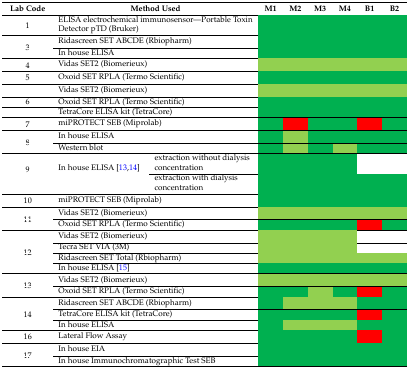
<table><thead><tr><td><b>Lab Code</b></td><td colspan="2"><b>Method Used</b></td><td><b>M1</b></td><td><b>M2</b></td><td><b>M3</b></td><td><b>M4</b></td><td><b>B1</b></td><td><b>B2</b></td></tr></thead><tbody><tr><td>1</td><td colspan="2">ELISA electrochemical immunosensor—Portable Toxin Detector pTD (Bruker)</td><td></td><td></td><td></td><td></td><td></td><td></td></tr><tr><td rowspan="2">3</td><td colspan="2">Ridascreen SET ABCDE (Rbiopharm)</td><td></td><td></td><td></td><td></td><td></td><td></td></tr><tr><td colspan="2">In house ELISA</td><td></td><td></td><td></td><td></td><td></td><td></td></tr><tr><td>4</td><td colspan="2">Vidas SET2 (Biomerieux)</td><td></td><td></td><td></td><td></td><td></td><td></td></tr><tr><td>5</td><td colspan="2">Oxoid SET RPLA (Termo Scientific)</td><td></td><td></td><td></td><td></td><td></td><td></td></tr><tr><td rowspan="3">6</td><td colspan="2">Vidas SET2 (Biomerieux)</td><td></td><td></td><td></td><td></td><td></td><td></td></tr><tr><td colspan="2">Oxoid SET RPLA (Termo Scientific)</td><td></td><td></td><td></td><td></td><td></td><td></td></tr><tr><td colspan="2">TetraCore ELISA kit (TetraCore)</td><td></td><td></td><td></td><td></td><td></td><td></td></tr><tr><td>7</td><td colspan="2">miPROTECT SEB (Miprolab)</td><td></td><td></td><td></td><td></td><td></td><td></td></tr><tr><td rowspan="2">8</td><td colspan="2">In house ELISA</td><td></td><td></td><td></td><td></td><td></td><td></td></tr><tr><td colspan="2">Western blot</td><td></td><td></td><td></td><td></td><td></td><td></td></tr><tr><td rowspan="2">9</td><td rowspan="2">In house ELISA [13,14]</td><td>extraction without dialysis concentration </td><td></td><td></td><td></td><td></td><td></td><td></td></tr><tr><td>extraction with dialysis concentration </td><td></td><td></td><td></td><td></td><td></td><td></td></tr><tr><td>10</td><td colspan="2">miPROTECT SEB (Miprolab)</td><td></td><td></td><td></td><td></td><td></td><td></td></tr><tr><td rowspan="2">11</td><td colspan="2">Vidas SET2 (Biomerieux)</td><td></td><td></td><td></td><td></td><td></td><td></td></tr><tr><td colspan="2">Oxoid SET RPLA (Termo Scientific)</td><td></td><td></td><td></td><td></td><td></td><td></td></tr><tr><td rowspan="4">12</td><td colspan="2">Vidas SET2 (Biomerieux)</td><td></td><td></td><td></td><td></td><td></td><td></td></tr><tr><td colspan="2">Tecra SET VIA (3M)</td><td></td><td></td><td></td><td></td><td></td><td></td></tr><tr><td colspan="2">Ridascreen SET Total (Rbiopharm)</td><td></td><td></td><td></td><td></td><td></td><td></td></tr><tr><td colspan="2">In house ELISA [15]</td><td></td><td></td><td></td><td></td><td></td><td></td></tr><tr><td rowspan="2">13</td><td colspan="2">Vidas SET2 (Biomerieux)</td><td></td><td></td><td></td><td></td><td></td><td></td></tr><tr><td colspan="2">Oxoid SET RPLA (Termo Scientific)</td><td></td><td></td><td></td><td></td><td></td><td></td></tr><tr><td rowspan="3">14</td><td colspan="2">Ridascreen SET ABCDE (Rbiopharm)</td><td></td><td></td><td></td><td></td><td></td><td></td></tr><tr><td colspan="2">TetraCore ELISA kit (TetraCore)</td><td></td><td></td><td></td><td></td><td></td><td></td></tr><tr><td colspan="2">In house ELISA</td><td></td><td></td><td></td><td></td><td></td><td></td></tr><tr><td>16</td><td colspan="2">Lateral Flow Assay </td><td></td><td></td><td></td><td></td><td></td><td></td></tr><tr><td rowspan="2">17</td><td colspan="2">In house EIA</td><td></td><td></td><td></td><td></td><td></td><td></td></tr><tr><td colspan="2">In house Immunochromatographic Test SEB</td><td></td><td></td><td></td><td></td><td></td><td></td></tr></tbody></table>